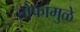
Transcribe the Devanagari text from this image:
तोफांमुळे